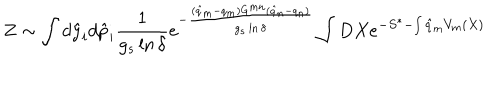
LaTeX: Z \sim \int d { \hat { y } } _ { i } d { \hat { p } } _ { i } \frac { 1 } { g _ { s } \ln \delta } e ^ { - \frac { ( { \hat { q } } _ { m } - q _ { m } ) G ^ { m n } ( { \hat { q } } _ { n } - q _ { n } ) } { g _ { s } \ln \delta } } \int D X e ^ { - S ^ { * } - \int { \hat { q } } _ { m } V _ { m } ( X ) }